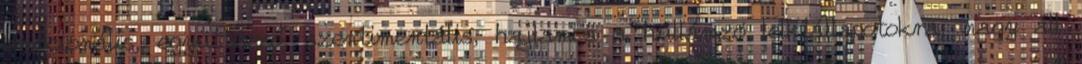
emocionális, együttérző, szentimentális, hajlamos a hullámzó lelkiállapotokra, nagy áll